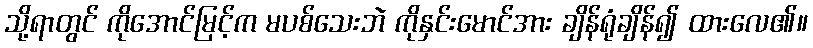
သို့ရာတွင် ကိုအောင်မြင့်က မပစ်သေးဘဲ ကိုနှင်းမောင်အား ချိန်ရုံချိန်၍ ထားလေ၏။